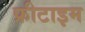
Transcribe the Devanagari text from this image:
फ्रीटाइम